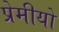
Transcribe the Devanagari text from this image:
प्रेमीयो